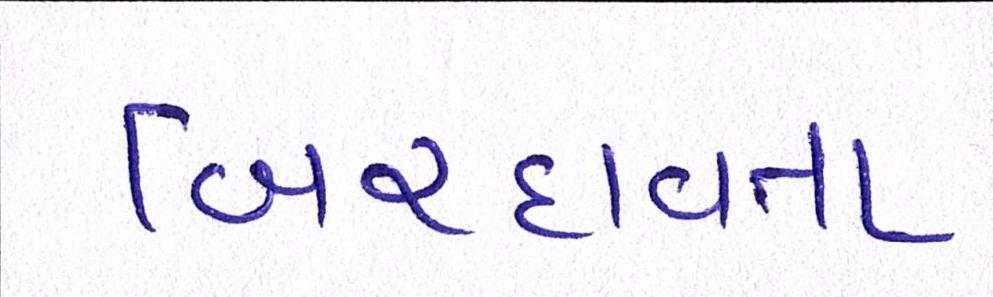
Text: બિરદાવતા